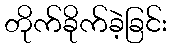
တိုက်ခိုက်ခဲ့ခြင်း